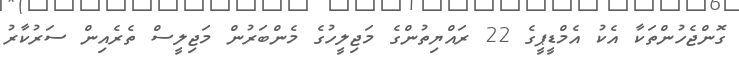
ގޮންޖެހުންތަކާ އެކު އެމްޑީޕީގެ 22 ރައްޔިތުންގެ މަޖިލީހުގެ މެންބަރުން މަޖިލީސް ތެރެއިން ސަރުކާރު